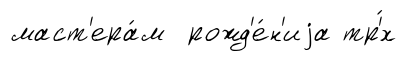
маст'ера́м рожд'е́н'иjа тр'́х